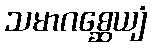
သမာဂစ္ဆေယျံ